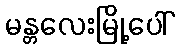
မန္တလေးမြို့ပေါ်